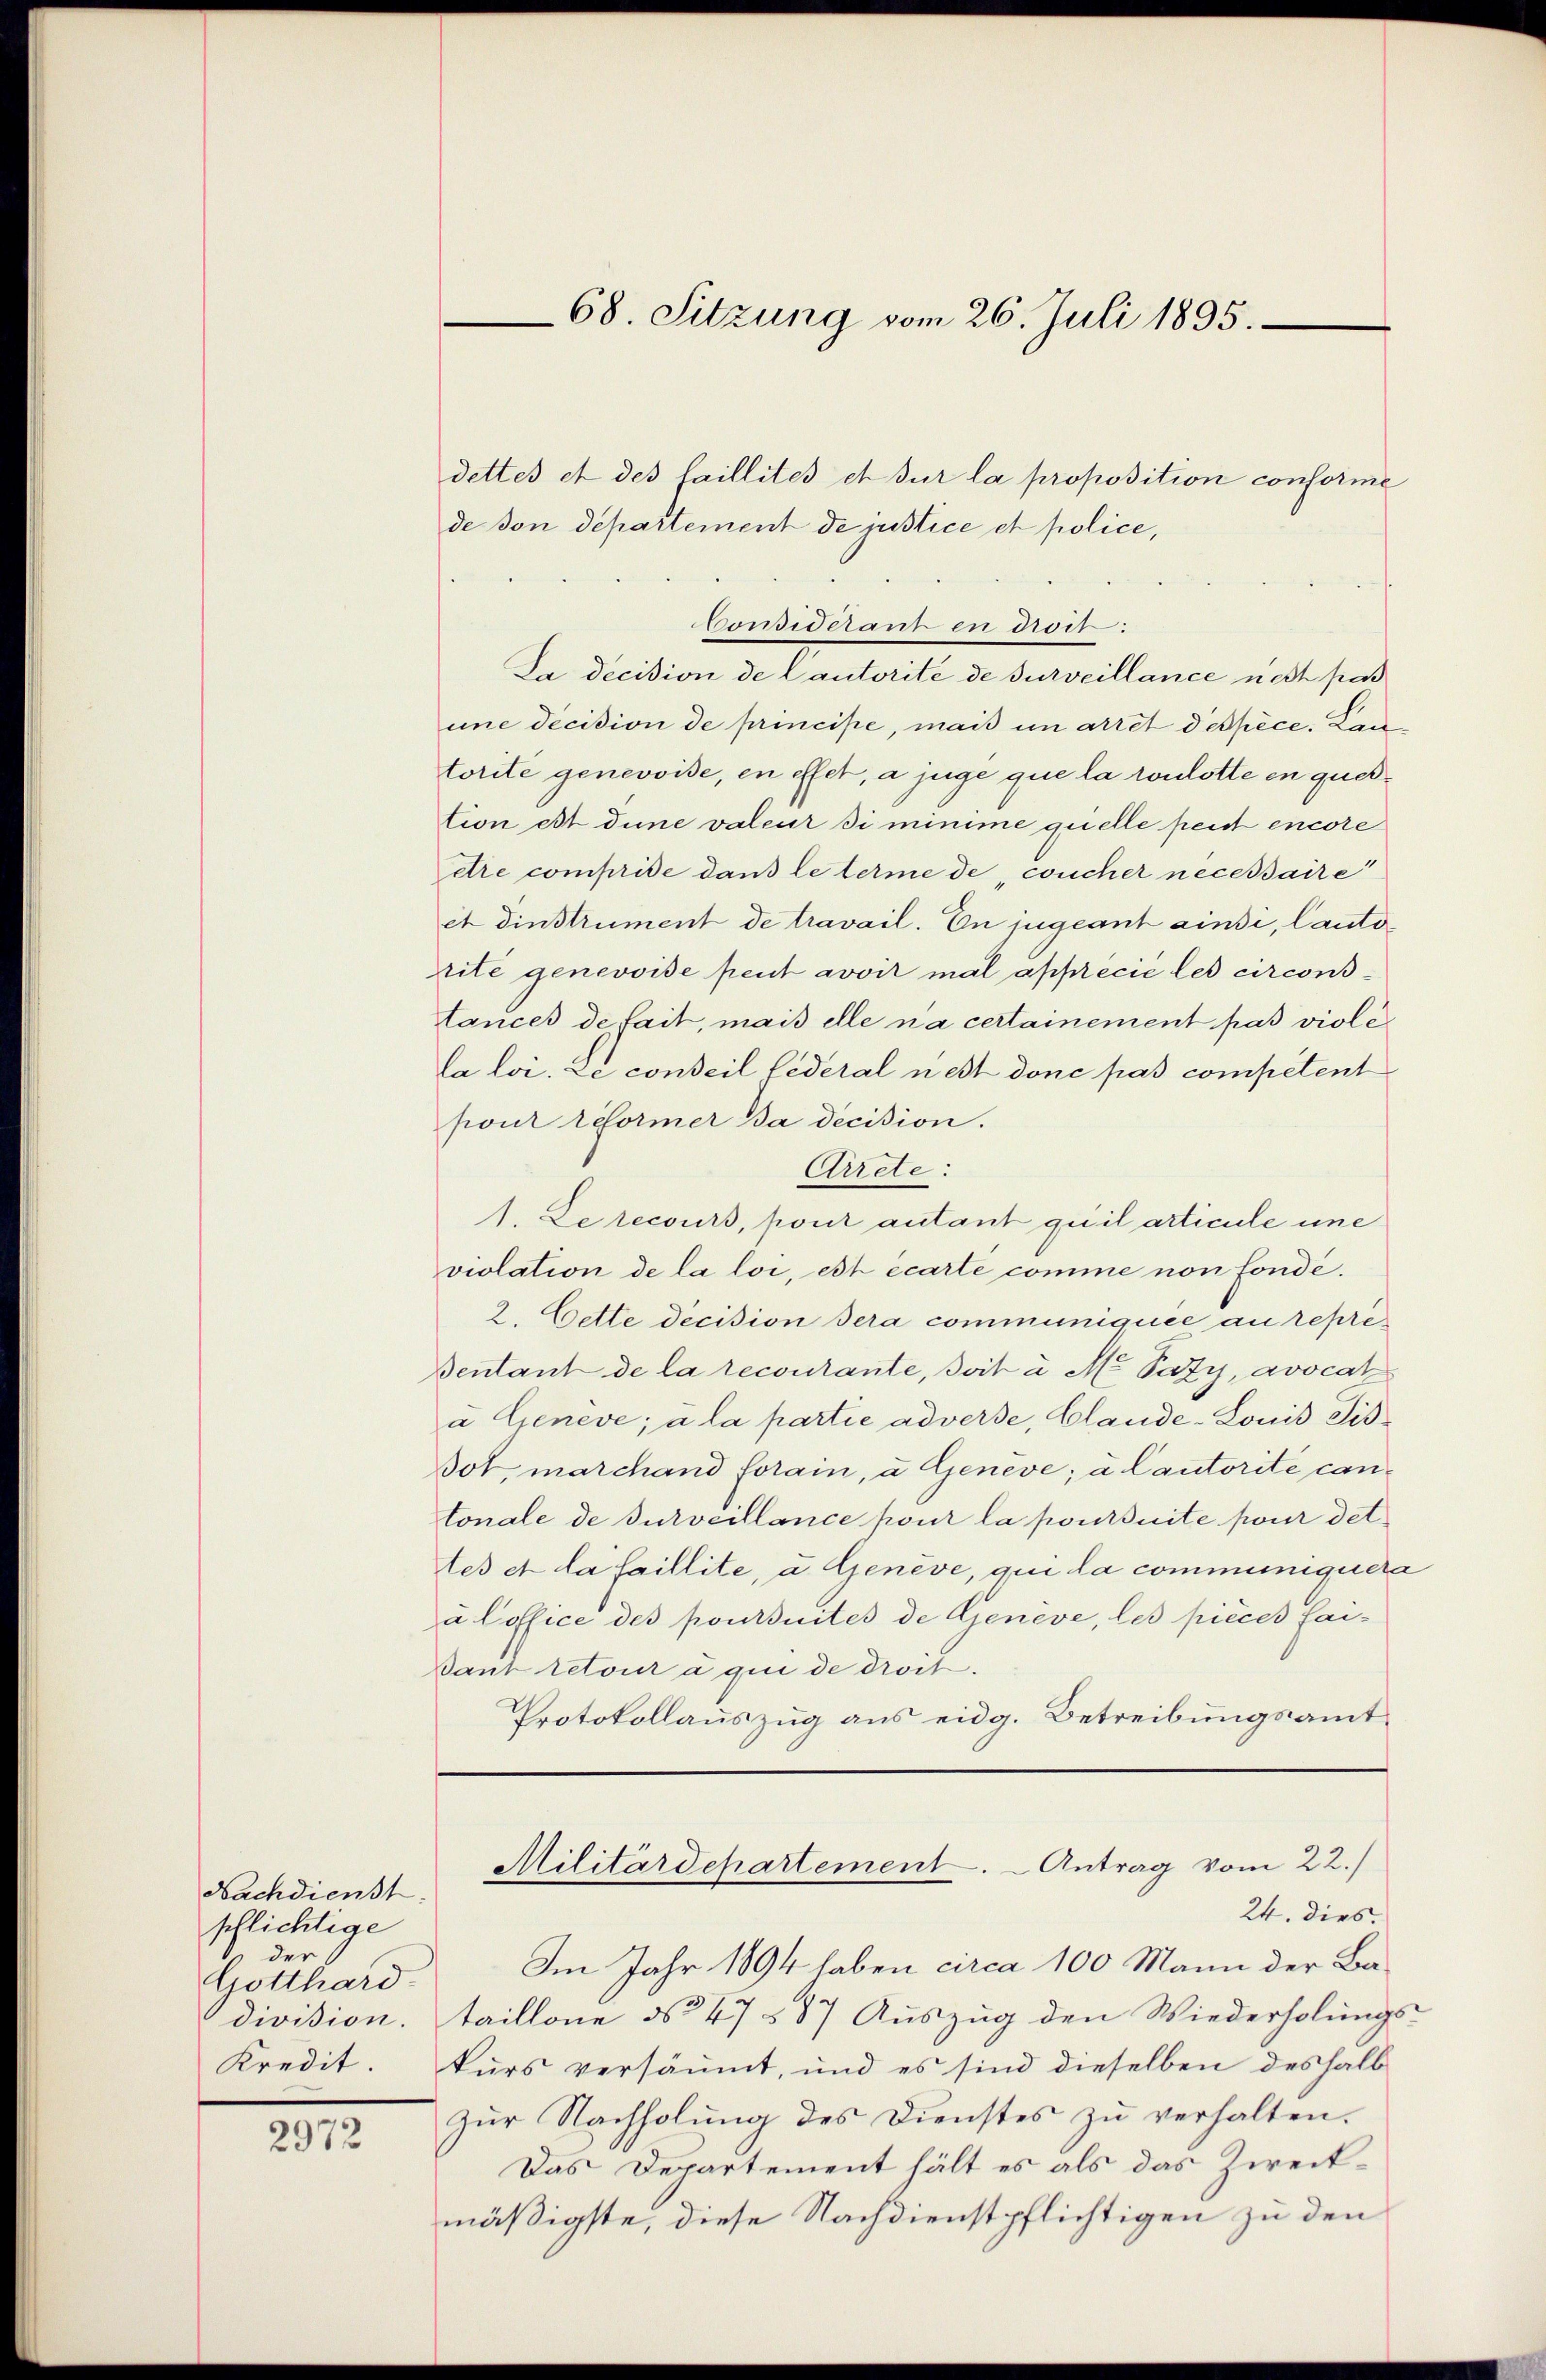
Nachdienst
schlichtige
der
Gotthard-
division.
Kredit

2972

dettes et des faillités et sur la proposition conforme
de von departement de justice et police,
Considérant en droit:
Ja decision de Cautorité de surveillance nett pas
une decision de principe, mais in arret despèce. Lan
torite genevoise, en effet, a juge que la roulotte en question est dine valeur si minime quelle peut encore
etre comprise dans le terme de coucher necessaire
et Dinstrument de travail. En jugeant ainsi, Canto
rite genevoise peut avoit mal apprécie les circonstances de fait, mais elle na certainement pas viole
la loi. Le conseil fédéral nest donec pas competent
pour reformer Da decision.
Arrete:
1. Le recours, pour autant quil articule une
violation de la loi, est écarte comme non fondé¬
2. Cette decision dera communiquée au repres
Bentant de la recourante, soit à M. Pazy, avocat
a Geneve; à la partie adverse, Claude-Louis Fis¬
Bot marchand forain, u Geneve; a Cautorite cantonale de surveillance pour la poursuite pour det
es et la faillite, u. Genève, qui la communiquera
à loffice des pontuites de Geneve, les pièces fai-
Dant retour a qui de droit.
Protokollauszug aus eidg. Betreibungsamt
Militärdepartement. - Antrag vom 22.)
24. dies.
Im Jahr 1894 haben circa 100 Mann der Bataillone No 47 587 Auszug den Wiederholungs-
kurs versäumt, und es sind dieselben deshalb
Zŭr Nachholung des Dienstes zu verhalten.
Das Departement hält es als das Zweckmäßigste, diese Nachdienstpflichtigen zu den

68. Sitzung vom 26. Juli 1895.